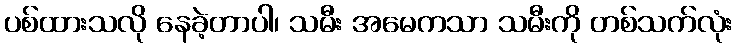
ပစ်ထားသလို နေခဲ့တာပါ၊ သမီး အမေကသာ သမီးကို တစ်သက်လုံး